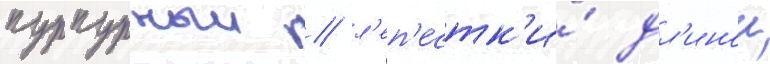
пурпурныи / л'еп'естк'и́ дл'инои